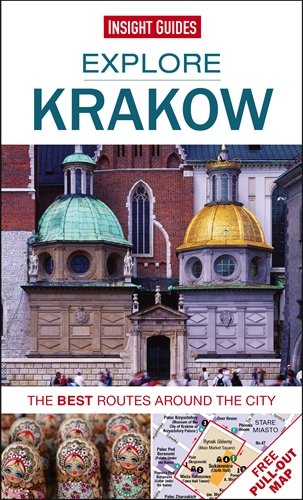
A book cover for Explore Krakow: The best routes around the city; Insight Guides; Travel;